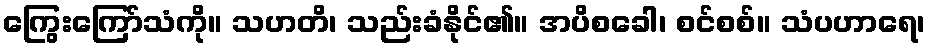
ကြွေးကြော်သံကို။ သဟတိ၊ သည်းခံနိုင်၏။ အပိစခေါ၊ စင်စစ်။ သံပဟာရေ၊